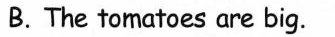
B.The tomatoes are big.